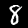
Label: 8